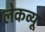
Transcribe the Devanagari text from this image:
लेकव्यू